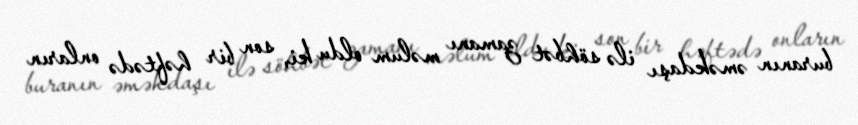
buranın əməkdaşı ilə söhbət zamanı məlum oldu ki, son bir həftədə onların